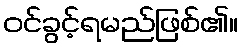
ဝင်ခွင့်ရမည်ဖြစ်၏။